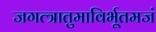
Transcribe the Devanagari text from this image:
जगत्त्रातुमाविर्भूतमजं